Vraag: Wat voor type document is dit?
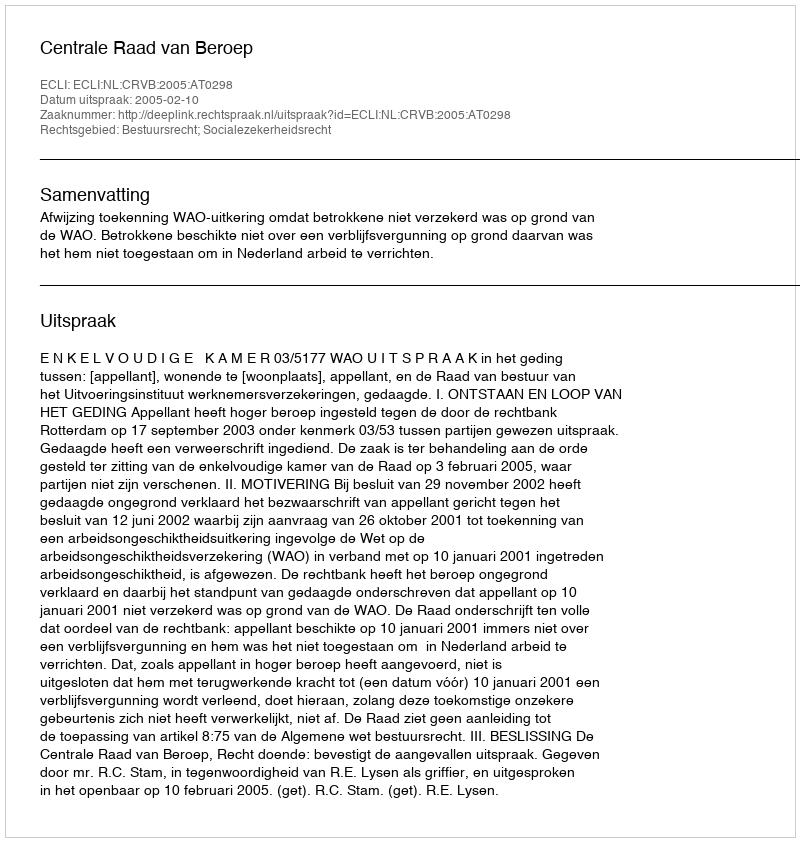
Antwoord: Uitspraak